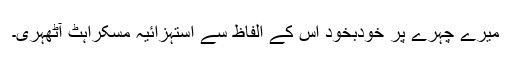
میرے چہرے پر خودبخود اس کے الفاظ سے استہزائیہ مسکراہٹ آٹھہری۔